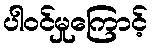
ပါဝင်မှုကြောင့်